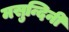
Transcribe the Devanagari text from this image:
मसुन्दिनी